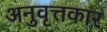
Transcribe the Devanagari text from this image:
अनुवृत्तकार